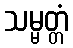
သမ္မတ္တံ